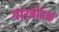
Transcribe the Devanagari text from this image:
गारबोडक